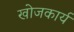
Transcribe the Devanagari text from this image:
खोजकार्य